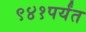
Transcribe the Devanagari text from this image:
९४१पर्यंत